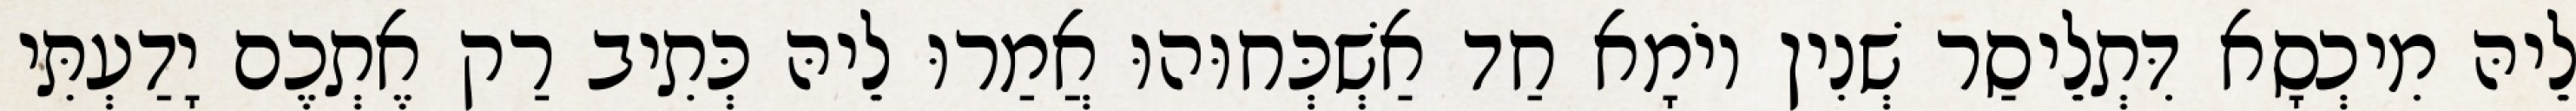
לֵיהּ מִיכְסָא דִּתְלֵיסַר שְׁנִין יוֹמָא חַד אַשְׁכְּחוּהוּ אֲמַרוּ לֵיהּ כְּתִיב רַק אֶתְכֶם יָדַעְתִּי